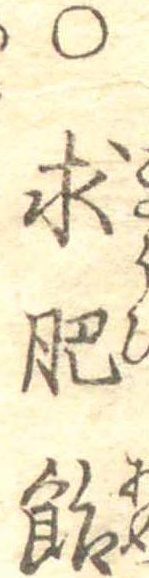
○求肥飴